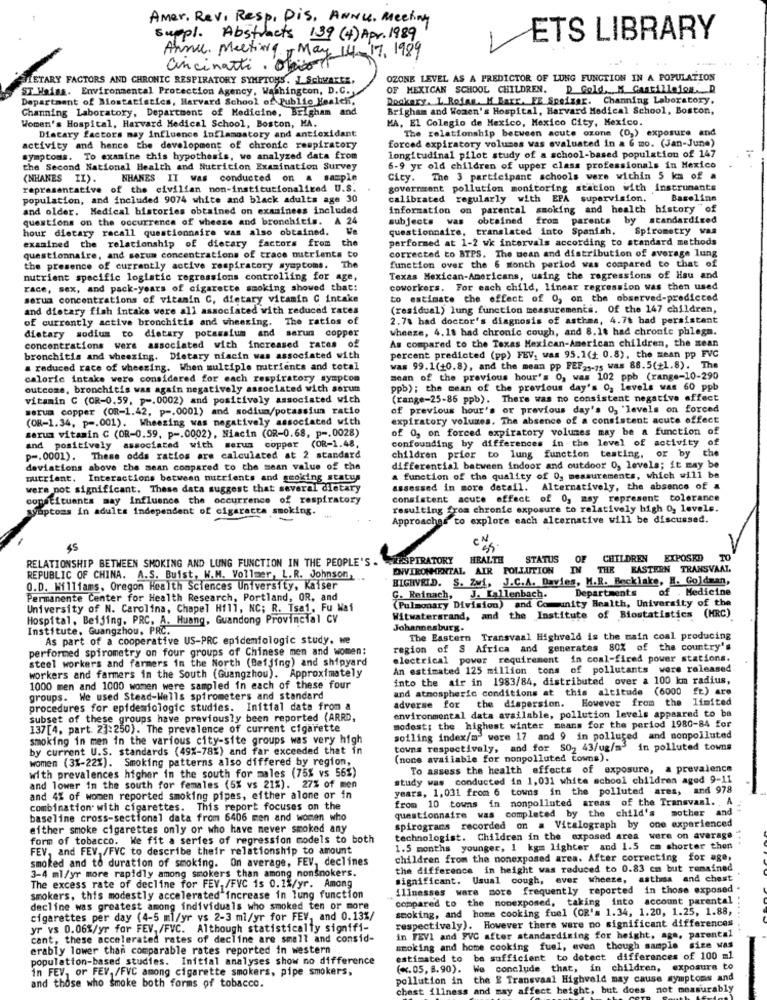
Amer. Rev, Resp, Dis, ANNU, Meeting
suppl. Abstracts 139 (4) Apr. 1989
ETS LIBRARY
Anni Meeting , May 14-17.1989
Cincinatti . Obicont
TETARY FACTORS AND CHRONIC RESPIRATORY SYMPTOMS. J. Schwartz,
OZONE LEVEL AS A PREDICTOR OF LUNG FUNCTION IN A POPULATION
ST Haiss. Environmental Protection Agency, Washington, D.C.
OF MEXICAN SCHOOL CHILDREN. D Gold, M Castillejon. D
Department of Mostatistics, Harvard School of Public Health,
Rookery. L Rojan. M Barr. FE Speizar. Channing Laboratory,
Channing Laboratory, Department of Medicine, Brigham and
Brigham and Women's Hospital, Harvard Medical School, Boston,
Women's Hospital, Harvard Medical School, Boston, MA.
MA, El Colegio de Mexico, Mexico City, Mexico.
The relationship between acute ozone (O,) exposure and
Diacary factors may influence inflammatory and antioxidant
activity and hence the development of chronic respiratory
forced expiratory volumes was evaluated in a 6 mo. (Jan-June)
symptoms. To examine this hypothesis, we analyzed data from
longitudinal pilot study of a school-based population of 147
the Second National Health and Nutrition Examination Survey
6-9 yr old children of upper class professionals in Mexico
(NHANES II).
NHANES II was conducted on a sample
City. The 3 participant schools were within 5 km of a
representative of the civilian non-institutionalized U.S.
government pollution monitoring station with instruments
population, and included 9074 white and black adults age 30
calibrated regularly with EPA supervision.
Baseline
and older. Medical histories obtained on examinees included
information on parental smoking and health history "of
questions on the occurrence of wheeze and bronchitis. A 24
subjects
obtained from parents by standardized
hour dietary racall questionnaire was also obtained. We
questionnaire, translated into Spanish. Spirometry was
performed at 1-2 wk intervals according to standard methods
examined the relationship of dietary factors from the
corrected to BTPS. The mean and distribution of average lung
questionnaire, and serum concentrations of trace nutrients to
the presence of currently active respiratory symptoms. The
function over the 6 month period was compared to that of
nutrient specific logistic regressions controlling for age,
Texas Mexican-Americans, using the regressions of Hisu and
race, sex, and pack-years of cigarette smoking showed that!
coworkers. For each child, linear regression was then used
serua concentrations of vitamin C, dietary vitamin C intake
to estimate the effect of 0, on the observed-predicted
and dietary fish intake were all associated with reduced rates
(residual) lung function measurements. Of the 147 children,
of currently active bronchitis and wheezing.
The ratios of
2.7% had doctor's diagnosis of asthma, 4.78 bad persistant
wheeze, 4. 18 had chronic cough, and 8.14 had chronic phlegm.
dietary sodium to dietary potassium and serum copper
concentrations wers associated with increased rates of
As compared to the Texas Mexican-American children, the zean
bronchitis and wheezing. Dietary niacin was associated with
percent predicted (pp) FEV, was 95.1(+ 0.8), the sean pp FVC
a reduced race of wheezing. When multiple nutrients and total
was 99.1(+0.8), and the mean pp FEF21-75 was 88.5(+1.8). The
caloric intake were considered for each respiratory symptom
mean of the previous hour's 0, was 102 ppb (range-10-290
outcome, bronchitis was again negatively associated with serum
ppb); the mean of the previous day's 0, levels was 60 ppb
vitamin C (OR-0.59, p -. 0002) and positively associated wich
(range-25-86 ppb). There was no consistent negative effect
serum copper (OR-1.42, p =. 0001) and sodium/potassium ratio
of previous hour's or previous day's 03 'levels on forced
(OR-1.34, p =. 001). Wheezing was negatively associated with
expiratory volumes. The absence of a consistent acute effect
serum vitamin C (OR-0.59, p -. 0002), Niacin (OR-0.68, p -. 0028)
of 0, on forced expiratory volumes may be a function of
and positively associated with serum copper (OR-1.48.
confounding by differences in the level of activity of
the
p -. 0001). These odds ratios are calculated at 2 standard
children prior to lung function testing, or by
deviations above the mean compared to the mean value of the
differential between indoor and outdoor 0, levels; it may be
nutrient. Interactions between nutrients and smoking status
a function of the quality of 0, measurements, which will be
were not significant. These data suggest that several dietary
assessed in more detail.
Alternatively, the absence of a
constituants may influence the occurrence of respiratory
consistent acute offect of 0, may represent tolerance
wyuptoas in adults independent of cigarette smoking.
resulting from chronic exposure to relatively high 0, levels.
Approaches to explore each alternative will be discussed.
EN
45
RELATIONSHIP BETWEEN SMOKING AND LUNG FUNCTION IN THE PEOPLE'S ..
SPIRATORY HEALTH
STATUS
OF
CHILDREN EXPOSED TO
ENVIRONMENTAL AIR POLLUTION
THE EASTERN TRANSVAAL
REPUBLIC OF CHINA. A.S. Buist, W.M. Vollmer, L.R. Johnson
HIGHVRID. S. Zwi, J.C.A. Davies, H.R. Becklake, H. Goldman,
O.D. Williams, Oregon Health Sciences University, Kaiser
Departments
of . Medicine
Permanente Center for Health Research, Portland, OR, and
G. Reinach, J. Kallenbach.
(Pulmonary Division) and Community Health, University of the
University of N. Carolina, Chapel Hill, NC; R. Tsal, Fu Mai
Hospital, Beijing. PRC. A. Huang, Guandong Provincial CV
Witwatersrand, and the Institute of Biostatistics (HRC)
Institute, Guangzhou, PRC.
Johannesburg.
As part of a cooperative US-PRC epidemiologic study. we
The Eastern Transvaal Highveld is the main coal producing
performed spirometry on four groups of Chinese men and women:
region of S Africa and generates 80% of the country's
steel workers and farmers in the North (Beijing) and shipyard
electrical power requirement in coal-fired power stations.
workers and farmers in the South (Guangzhou). Approximately
An estimated 125 million tons of pollutants were released
into the air in 1983/84, distributed over a 100 km radius,
1000 men and 1000 women were sampled in each of these four
and atmospheric conditions at this altitude (6000 ft) are
groups. We used Stead-Wells spfrometers and standard
adverse for the dispersion. However from the limited
procedures for epidemiologic studies. Initial data from a
environmental data available, pollution levels appeared to be
subset of these groups have previously been reported (ARRD,
137[4, part. 23:250). The prevalence of current cigarette
modest; the highest winter means for the period 1980-84 for
smoking in men in the various city-site groups was very high
soiling index/m3 were 17 and 9 in polluted and nonpolluted
by current U.S. standards (49%-78%) and far exceeded that in
towns respectively, and for SO2 43/ug/m3 in polluted towns
women (3%-22%). Smoking patterns also differed by region,
(none available for nonpolluted towns).
To assess the health effects of exposure, a prevalence
with prevalences higher in the south for males (75% vs 56%)
study was conducted in 1,031 white school children aged 9-11
and lower in the south for females (5% vs 21%). 27% of men
years, 1, 031 from 6 towns in the polluted ares, and 978
and 4% of women reported smoking pipes, either alone or in
from 10 towns in nonpolluted areas of the Transvaal. , A
combination with cigarettes. This report focuses on the
questionnaire was completed by the child's mother and
baseline cross-sectional data from 6406 men and women who
either smoke cigarettes only or who have never smoked any
spirograns recorded on a Vitalograph by one experienced
form of tobacco. We fit a series of regression models to both
technologist. Children in the exposed area were on average
FEV, and FEV. /FVC to describe their relationship to amount
1.5 months younger, 1 kgm lighter and 1.5 cm shorter then
smoked and to duration of smoking. On average, FEV, declines
children from the nonexposed area. After correcting for age,
3-4 ml/yr more rapidly among smokers than among nonsmokers.
the difference in height was reduced to 0.83 cm but remained
significant. Usual cough, ever wheeze, asthis and chest
The excess rate of decline for FEV./FVC is 0.1%/yr. Among
illnesses ware more frequently reported in those exposed
smokers, this modestly accelerated increase in lung function
compared to the nonexposed, taking into account parental
decline was greatest among individuals who smoked ten or more
smoking, and home cooking fuel (OR's 1.34, 1.20, 1.25, 1.88,
cigarettes per day (4-5 ml/yr vs 2-3 ml/yr for FEV, and 0.13%/
respectively). However there were no significant differences
yr vs 0.06%/yr for FEV./FVC. Although statistically signifi-
cant, these accelerated rates of decline are small and consid-
in FEVI and PVC after standardizing for height, age, parental
erably lower than comparable rates reported in western
smoking and home cooking fuel, even though sample size was
population-based studies. Initial analyses show no difference
estimated to be sufficient to detect differences of 100 ml
in FEV, or FEV. /FVC among cigarette smokers, pipe smokers,
( *. 05, 8.90).
We conclude that, in children, exposure to
pollution in the E Transvaal Highveld may cause symptoms and
and those who Smoke both forms of tobacco.
chest illness and may affect height, but does not measurably